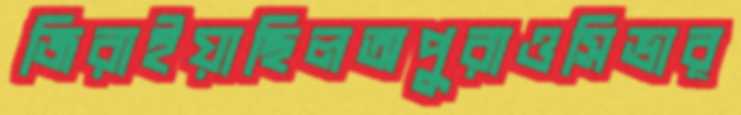
জিরাইয়াছিলঅপুরাওসিভার্